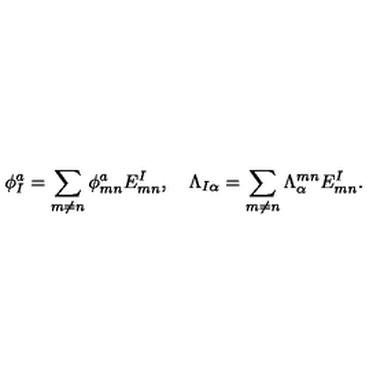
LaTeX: \phi _ { I } ^ { a } = \sum _ { m \ne n } \phi _ { m n } ^ { a } E _ { m n } ^ { I } , \quad \Lambda _ { I \alpha } = \sum _ { m \ne n } \Lambda _ { \alpha } ^ { m n } E _ { m n } ^ { I } .